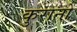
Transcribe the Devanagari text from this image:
कुरानों